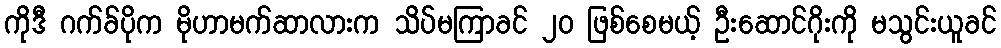
ကိုဒီ ဂက်ခ်ပိုက မိုဟာမက်ဆာလားက သိပ်မကြာခင် ၂၀ ဖြစ်စေမယ့် ဦးဆောင်ဂိုးကို မသွင်းယူခင်